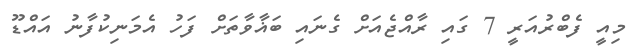
މިއީ ފެބްރުއަރީ 7 ގައި ރާއްޖެއަށް ގެނައި ބަޣާވާތަށް ފަހު އެމަނިކުފާނު އައްޑޫ